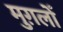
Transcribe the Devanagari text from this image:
मुग़लोँ